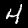
Digit: 4